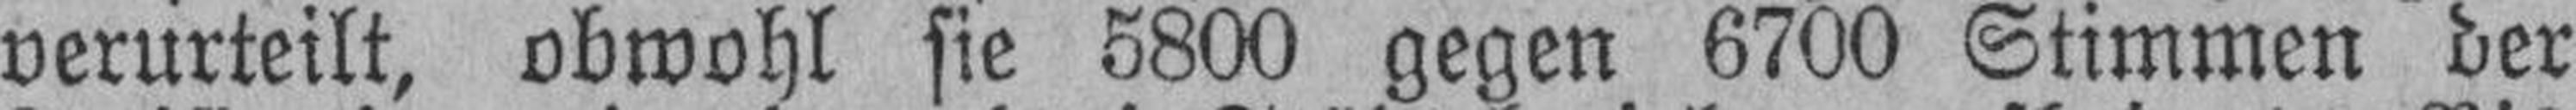
verurteilt, obwohl sie 5800 gegen 6700 Stimmen der